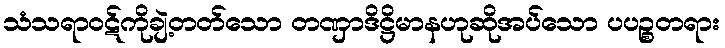
သံသရာဝဋ်ကိုချဲ့တတ်သော တဏှာဒိဋ္ဌိမာနဟုဆိုအပ်သော ပပဉ္စတရား